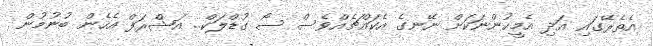
އެތެރޭގައި އަދި އެމީހުންނަކަށް ނޭނގެ އެކައްޗެއްވެސް ސޯ ގުޑްލަކް.. އަޝްރަފް އެހެން ބުނުމުން